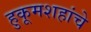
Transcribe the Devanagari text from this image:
हुकूमशहांचे